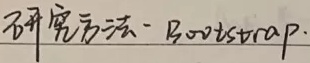
研究方法 - Bootstrap